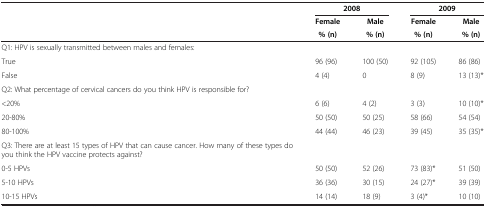
|  | <COLSPAN=2> 2008 | <COLSPAN=2> 2009 |
 |  | Female | Male | Female | Male |
 |  | % (n) | % (n) | % (n) | % (n) |
 | --- | --- | --- | --- | --- |
 | Q1: HPV is sexually transmitted between males and females: |  |  |  |  |
 | True | 96 (96) | 100 (50) | 92 (105) | 86 (86) |
 | False | 4 (4) | 0 | 8 (9) | 13 (13)* |
 | Q2: What percentage of cervical cancers do you think HPV is responsible for? |  |  |  |  |
 | <20% | 6 (6) | 4 (2) | 3 (3) | 10 (10)* |
 | 20-80% | 50 (50) | 50 (25) | 58 (66) | 54 (54) |
 | 80-100% | 44 (44) | 46 (23) | 39 (45) | 35 (35)* |
 | Q3: There are at least 15 types of HPV that can cause cancer. How many of these types do you think the HPV vaccine protects against? |  |  |  |  |
 | 0-5 HPVs | 50 (50) | 52 (26) | 73 (83)* | 51 (50) |
 | 5-10 HPVs | 36 (36) | 30 (15) | 24 (27)* | 39 (39) |
 | 10-15 HPVs | 14 (14) | 18 (9) | 3 (4)* | 10 (10) |